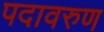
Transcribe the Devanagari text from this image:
पदावरुण